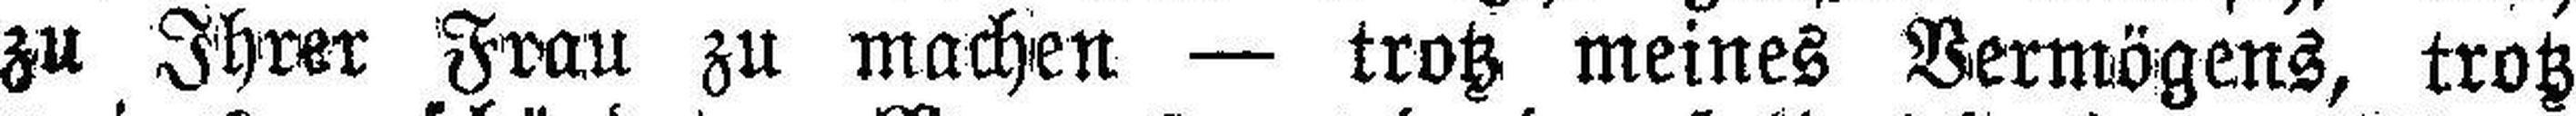
zu Ihrer Frau zu machen — trotz meines Vermögens, trotz